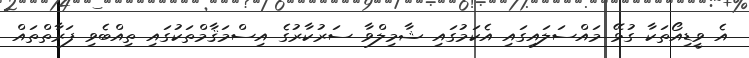
އެ ވީޑިއޯތަކާ ގުޅޭ މައްސަލައިގައި އެކަމުގައި ޝާމިލްވާ ސަރުކާރުގެ އިސްމަޤާމްތަކުގައި ތިއްބެވި ފަރާތްތައް